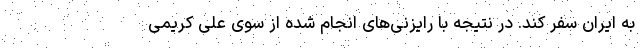
به ایران سفر کند. در نتیجه با رایزنی‌های انجام شده از سوی علی کریمی